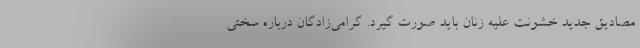
مصادیق جدید خشونت علیه زنان باید صورت گیرد. گرامی‌زادگان درباره سختی